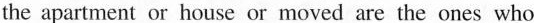
the apartment or house or moved are the ones who